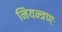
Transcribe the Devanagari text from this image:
नियन्त्रणः